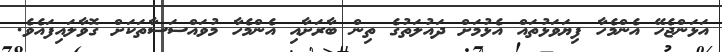
އަޅަންޖެހޭ އެންމެހާ ފިޔަވަޅުތައް އެޅުމަށް ދައުލަތުގެ ތިން ބާރަށާއި އެންމެހާ މުވައްސަސާތަކަށް ގޮވާލައިފައެވެ.